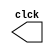
module clockk(clck);
output reg clck;
initial clck=0;

always
begin
#1
clck=~clck;
end
endmodule





module srff(q,s,r,reset,enable,clock);

input wire s,r,reset,enable,clock;
output reg q;

always@(posedge clock or posedge reset)
begin

if(reset==1) 
begin
  q<=0;

end

else if ( enable== 1'b0)
begin

if(s==1'b0 && r==1'b1)
begin
q<=0;

end
else if(s==1'b1 && r==1'b0)
begin
q<=1;

end
else if(s==1'b1 && r==1'b1)
begin
q<=1'b0;

end
end
end
endmodule





module testrsff();

reg s,r,reset,enable;
wire q,clock;
srff sr1(q,s,r,reset,enable,clock);


initial
begin
$monitor("s=%b r=%b q=%b reset=%b enable=%b clock=%b",s,r,q,reset,enable,clock);

s=1;
r=0;
reset=0;
enable=0;
#3
s=0;
r=1;
reset=0;
enable=0;
#3
s=1;
r=0;
reset=0;
enable=0;
#3
s=0;
r=1;
reset=0;
enable=0;

end





clockk c1(clock);




endmodule